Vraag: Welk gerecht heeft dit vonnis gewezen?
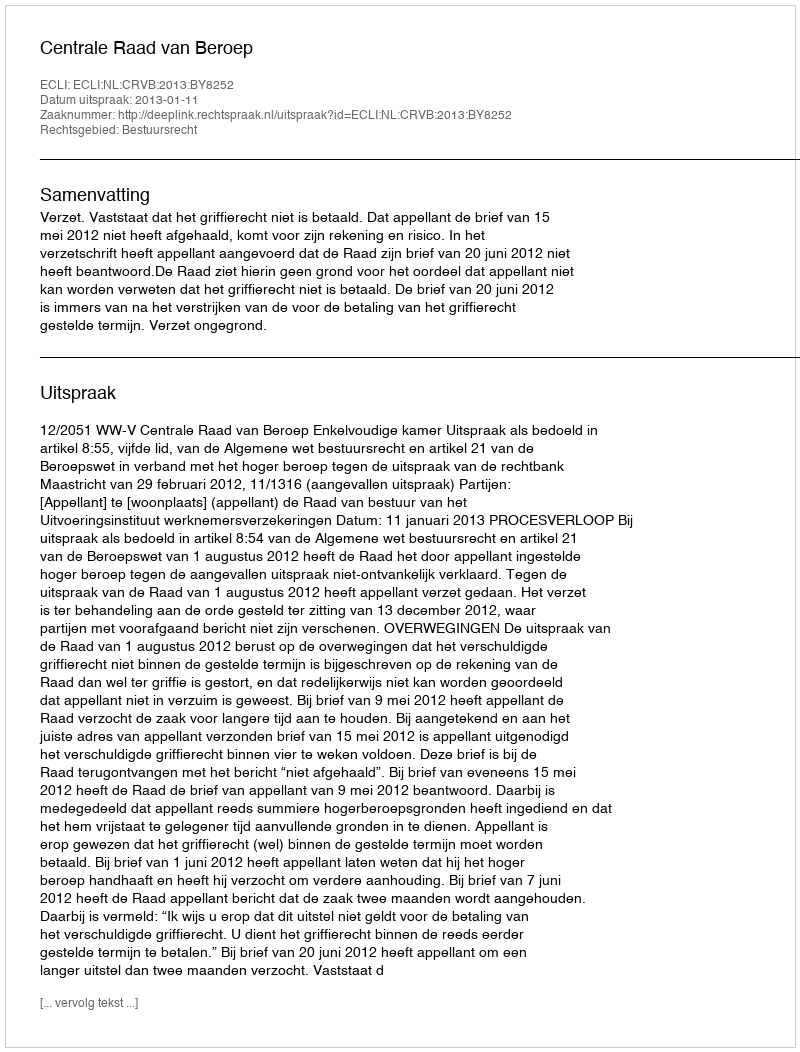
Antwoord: Centrale Raad van Beroep